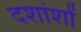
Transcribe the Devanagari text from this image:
दशांशों